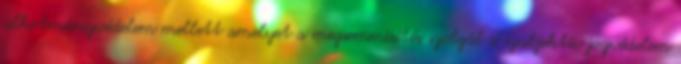
alkotmányvédelem mellett amelyet a megsemmisítés szolgál a szubjektív jogvédelem